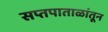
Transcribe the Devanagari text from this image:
सप्तपाताळांतून